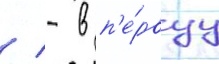
/ - в п'е́рвуу